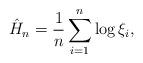
LaTeX: \begin{align*}\hat{H}_n = \frac{1}{n}\sum_{i=1}^n \log \xi_i,\end{align*}